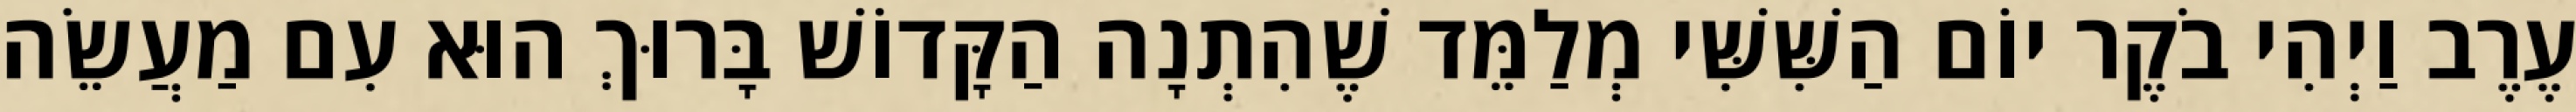
עֶרֶב וַיְהִי בֹקֶר יוֹם הַשִּׁשִּׁי מְלַמֵּד שֶׁהִתְנָה הַקָּדוֹשׁ בָּרוּךְ הוּא עִם מַעֲשֵׂה